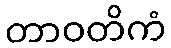
တာဝတိကံ